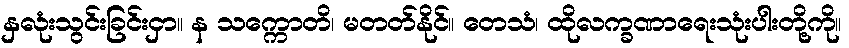
နှလုံးသွင်းခြင်းငှာ။ န သက္ကောတိ၊ မတတ်နိုင်။ တေသံ၊ ထိုလက္ခဏာရေးသုံးပါးတို့ကို။